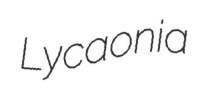
Lycaonia